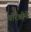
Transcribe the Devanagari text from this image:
वीरश्रीने